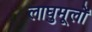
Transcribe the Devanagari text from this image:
लाघुमूलों